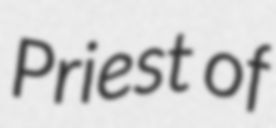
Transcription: Priest of